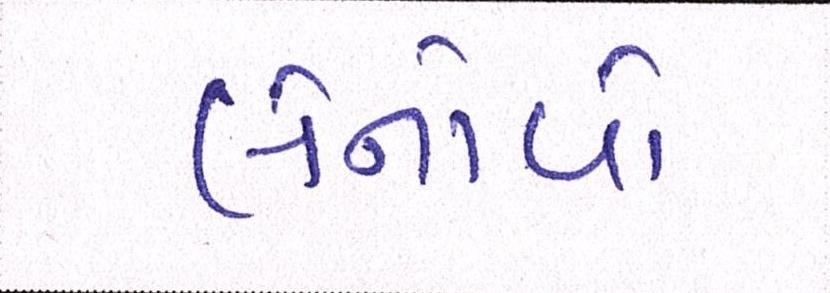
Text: લેનોવો